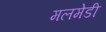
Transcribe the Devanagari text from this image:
मलमेडी